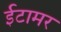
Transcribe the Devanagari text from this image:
ईटामर